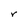
Character: r